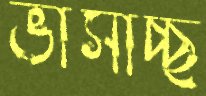
ভাসাচ্ছ